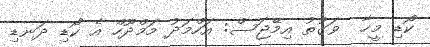
ކޯޑި މީހާ  ވަގުތު އިމޭޖަސް: އަހްމަދު މަމްދޫހް އެ ކޯޑި ދަނޑި